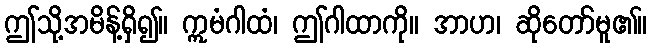
ဤသို့အမိန့်ရှိ၍။ ဣမံဂါထံ၊ ဤဂါထာကို။ အာဟ၊ ဆိုတော်မူ၏။